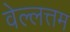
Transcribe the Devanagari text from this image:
वेल्लत्तम